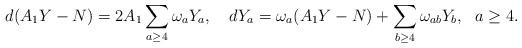
LaTeX: \begin{align*}d(A_1Y-N)=2A_1\sum_{a\geq4}\omega_aY_a,~~~dY_a=\omega_a(A_1Y-N)+\sum_{b\geq 4}\omega_{ab}Y_b, ~~a\geq 4.\end{align*}